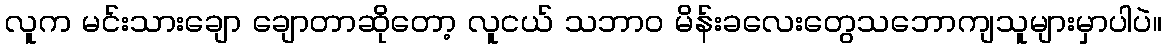
လူက မင်းသားချော ချောတာဆိုတော့ လူငယ် သဘာဝ မိန်းခလေးတွေသဘောကျသူများမှာပါပဲ။